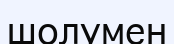
шолумен